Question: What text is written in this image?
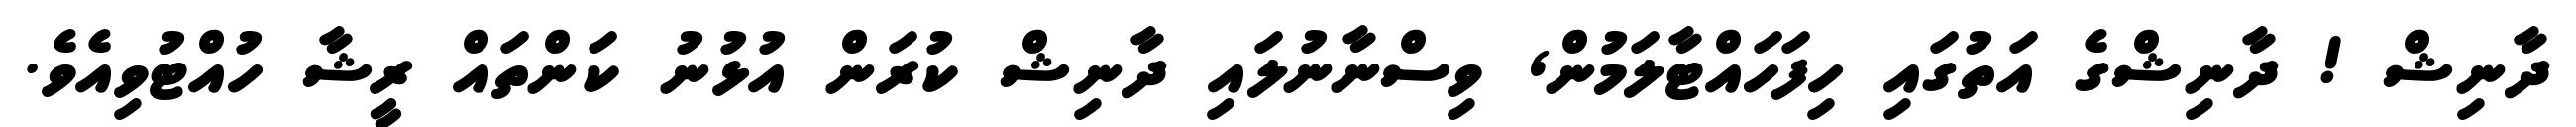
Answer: ދާނިޝް ! ދާނިޝްގެ އަތުގައި ހިފަހައްޓާލަމުން, ވިސްނާނުލައި ދާނިޝް ކުރަން އުޅުނު ކަންތައް ރީޝާ ހުއްޓުވިއެވެ.